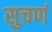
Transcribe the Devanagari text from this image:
सुचणं